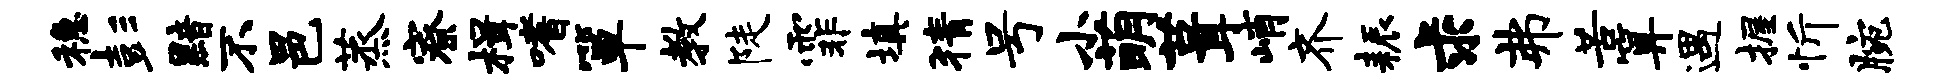
稳彭黯不邑蒸寮楫嗜箪教陡霏填猜号小萌葺峭齐耨求弗苦算遇握忻腕